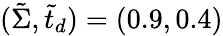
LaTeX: (\tilde{\Sigma},\tilde{t}_{d})=(0.9,0.4)